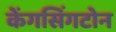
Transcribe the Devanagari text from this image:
केंगसिंगटोन